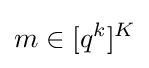
m\in [q^{k}]^{K}